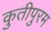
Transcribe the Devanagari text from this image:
कुतीपुरम